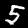
Digit: 5